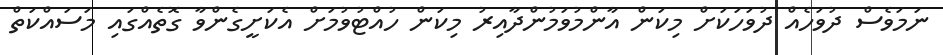
ނަމަވެސް ދުވަހެއް ދުވަހަކަށް މިކަން އާންމުވަމުންދާއިރު މިކަން ހުއްޓުވުމަށް އެކަށީގެންވާ ގޮތެއްގައި މަސައްކަތް